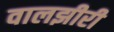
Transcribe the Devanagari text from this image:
वालझीरी